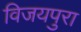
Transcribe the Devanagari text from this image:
विजयपुरा